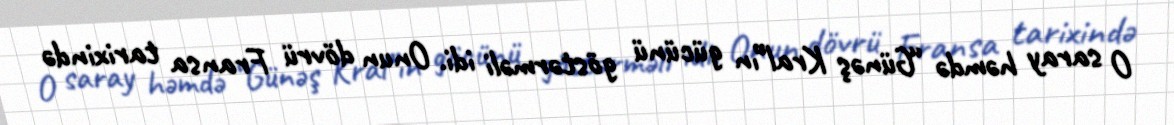
O saray həmdə “Günəş Kral”ın gücünü göstərməli idi. Onun dövrü Fransa tarixində